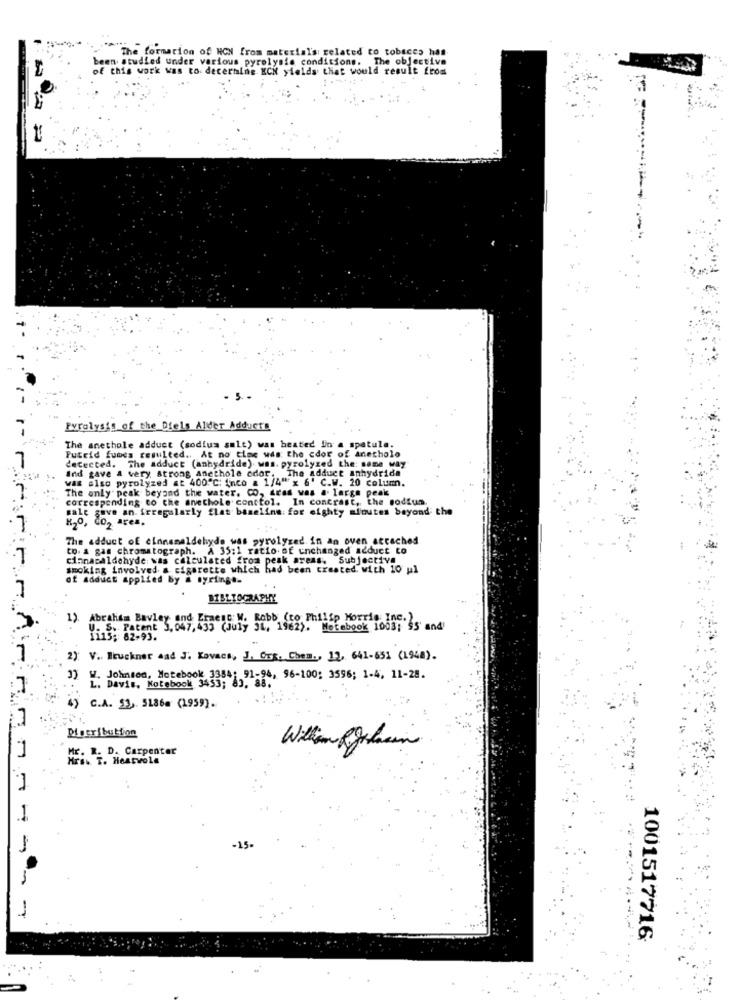
The formation of HON from material's: related to tobacco has
been studied under various pyrolysis conditions. The objective
of this work was to decermine KCH yields that would result from
Pyrolysis of the Diels Alder Adducts
The anethole adduct (sodium salt) was heated In a spatula.
Putrid fumes resulted .. At no time was the cdor of anecholo
detected. The adduct (anhydride) was. pyrolyzed the: same way
7
Ind gave a very strong anethole odor. The adduct anhydride
was also pyrolyzed at 400℃: Inco a 1/4"x 6' C.W. 20 column.
The only peak beyond the water. CO, dras was a large peak
corresponding to the anvechole control. In contrast, the sodium.
sale save an. irregularly flat baseline for eighty minutes beyond the
K2O, CO2 ares.
The adduct of cinnamaldehyde was pyrolysed in an oven attached
to. a gas chromatograph. A 35:1 ratio of unchanged adduct to
cinnapaldehyde was calculated from peak areas. Subjective
smoking involved a cigarette which had been treated. with 10 ul
of adduct applied by & syringe.
7
BIBLIOGRAPHY
1).
Abraham Bavley and Ermest W. Robb (to Philip Morris Inc. ,, and
U. S. Patent 5,047,433 (July 31, 1962). Metabook 1003;
1
2): V .. Bruckner and J. Kovacs, J. Org. Chem ., 12, 641-631 (1948).
3)
W. Johnson, Notebook 3384: 91-94, 96-100: 3596; 1-4, 11-28.
: 7
L. Davis, Kotebook 3453; 83, 88.
4) C.A. 53. 51864 (1959).
Digeribuktion
1
D. Carpenter
William Kolasin
ME . Hearvola
1.
1001517716